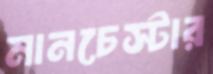
মানচেস্টার